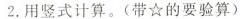
2.用竖式计算。(带☆的要验算)